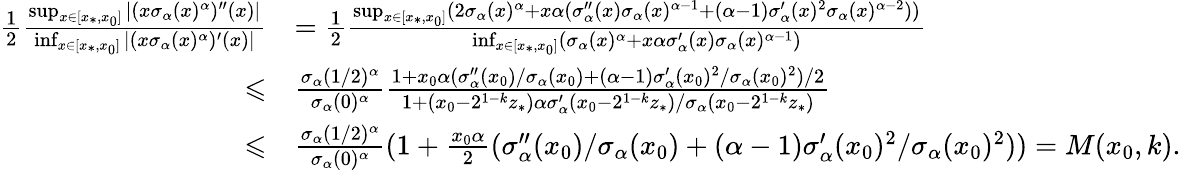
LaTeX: \begin{array}{rl}{\frac{1}{2}\frac{\operatorname*{sup}_{x\in[x_{*},x_{0}]}|(x\sigma_{\alpha}(x)^{\alpha})^{\prime\prime}(x)|}{\operatorname*{inf}_{x\in[x_{*},x_{0}]}|(x\sigma_{\alpha}(x)^{\alpha})^{\prime}(x)|}}&{=\frac{1}{2}\frac{\operatorname*{sup}_{x\in[x_{*},x_{0}]}(2\sigma_{\alpha}(x)^{\alpha}+x\alpha(\sigma_{\alpha}^{\prime\prime}(x)\sigma_{\alpha}(x)^{\alpha-1}+(\alpha-1)\sigma_{\alpha}^{\prime}(x)^{2}\sigma_{\alpha}(x)^{\alpha-2}))}{\operatorname*{inf}_{x\in[x_{*},x_{0}]}(\sigma_{\alpha}(x)^{\alpha}+x\alpha\sigma_{\alpha}^{\prime}(x)\sigma_{\alpha}(x)^{\alpha-1})}}\\ {\leqslant}&{\frac{\sigma_{\alpha}(1/2)^{\alpha}}{\sigma_{\alpha}(0)^{\alpha}}\frac{1+x_{0}\alpha(\sigma_{\alpha}^{\prime\prime}(x_{0})/\sigma_{\alpha}(x_{0})+(\alpha-1)\sigma_{\alpha}^{\prime}(x_{0})^{2}/\sigma_{\alpha}(x_{0})^{2})/2}{1+(x_{0}-2^{1-k}z_{*})\alpha\sigma_{\alpha}^{\prime}(x_{0}-2^{1-k}z_{*})/\sigma_{\alpha}(x_{0}-2^{1-k}z_{*})}}\\ {\leqslant}&{\frac{\sigma_{\alpha}(1/2)^{\alpha}}{\sigma_{\alpha}(0)^{\alpha}}(1+\frac{x_{0}\alpha}{2}(\sigma_{\alpha}^{\prime\prime}(x_{0})/\sigma_{\alpha}(x_{0})+(\alpha-1)\sigma_{\alpha}^{\prime}(x_{0})^{2}/\sigma_{\alpha}(x_{0})^{2}))=M(x_{0},k).}\end{array}